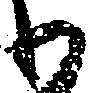
わ